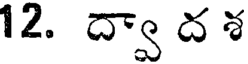
12. ద్వా ద శ